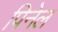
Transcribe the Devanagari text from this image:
पिनेल